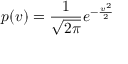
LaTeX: p ( v ) = { \frac { 1 } { \sqrt { 2 \pi } } } e ^ { - { \frac { v ^ { 2 } } { 2 } } }